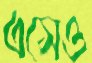
এসেও